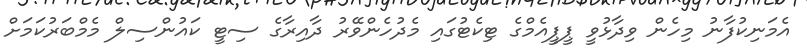
އެމަނިކުފާނު މިހެން ވިދާޅުވީ ޕީޕީއެމްގެ ޓިކެޓުގައި މެދުހެންވޭރު ދާއިރާގެ ސިޓީ ކައުންސިލް މެމްބަރުކަމަށް